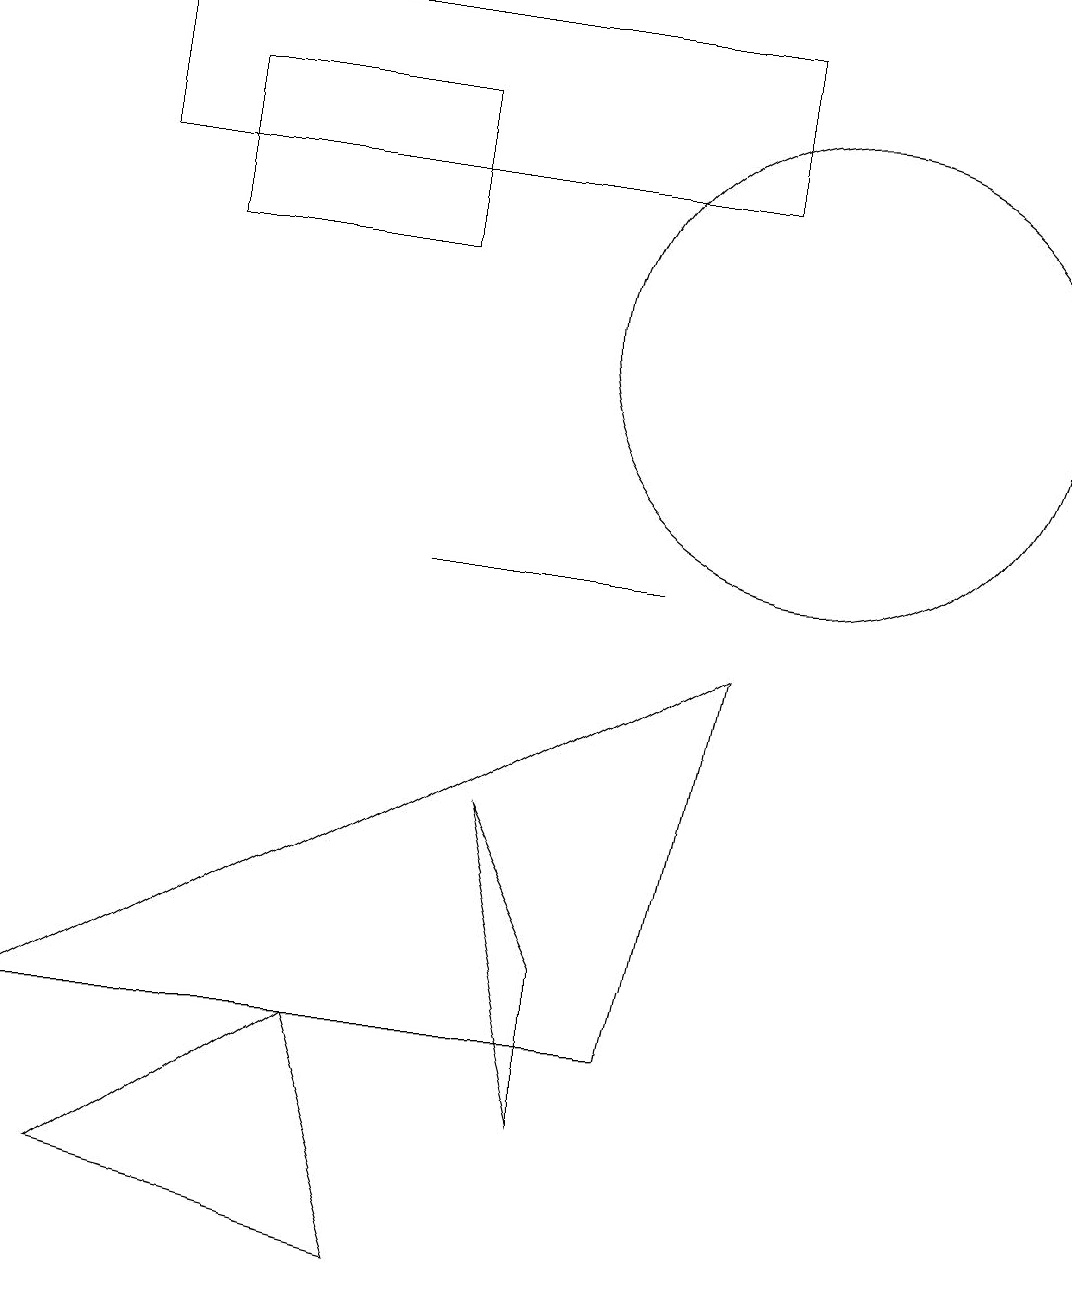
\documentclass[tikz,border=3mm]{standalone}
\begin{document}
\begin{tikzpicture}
\draw (9,14) rectangle (1,16);
\draw (5,0) -- (4,3) -- (1,1) -- cycle;
\draw (8,9) -- (5,9) -- (8,9) -- cycle;
\draw (2,15) rectangle (5,13);
\draw (10,12) circle (3);
\draw (9,8) -- (0,3) -- (8,3) -- cycle;
\draw (7,2) -- (6,6) -- (7,4) -- cycle;
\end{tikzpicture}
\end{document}